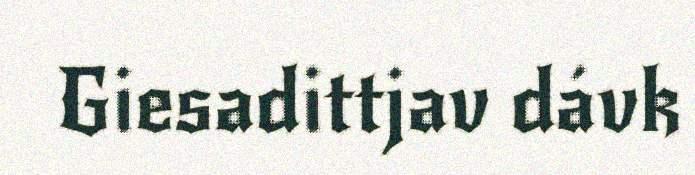
Giesadittjav dávk